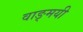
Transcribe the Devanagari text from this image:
वाङ्मयी